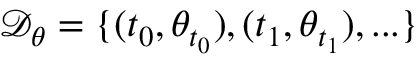
\mathcal { D } _ { \theta } = \{ ( t _ { 0 } , \theta _ { t _ { 0 } } ) , ( t _ { 1 } , \theta _ { t _ { 1 } } ) , . . . \}